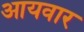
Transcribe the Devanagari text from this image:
आयवार